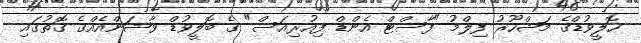
ހޮލީވުޑްގެ މަޝްހޫރު ފިލްމު "ފާސްޓް އެންޑް ފިއުރިއަސް" ގެ ބޮލީވުޑް ވާޝަންއެއްގެ ގޮތުގައި